Rules regarding the measures to be adopted on the outbreak of cholera or appearance of small-pox
Disease focus: Cholera
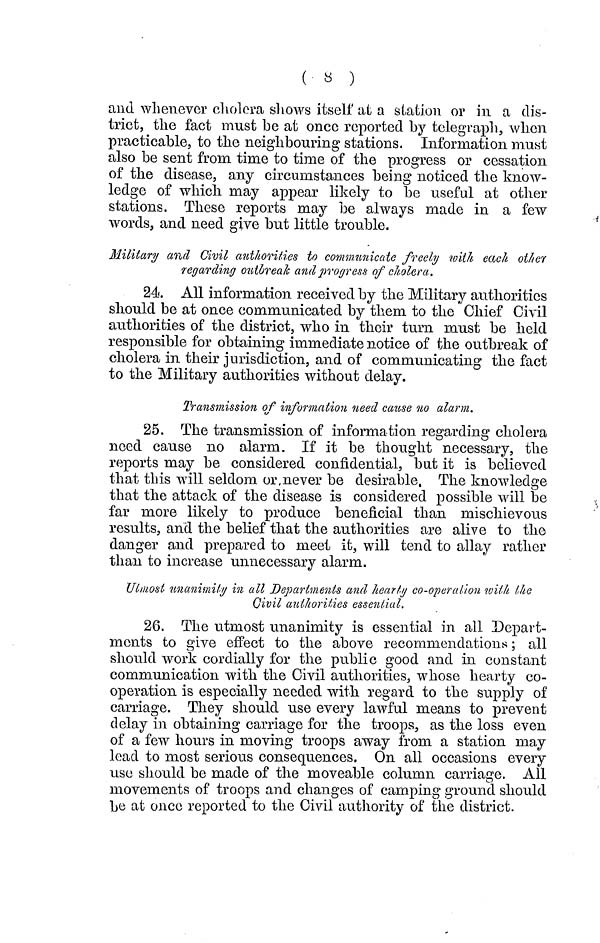
( 8 )
and whenever cholera shows itself at a station or in a dis-
trict, the fact must be at once reported by telegraph, when
practicable, to the neighbouring stations. Information must
also be sent from time to time of the progress or cessation
of the disease, any circumstances being noticed the know-
ledge of which may appear likely to be useful at other
stations. These reports may be always made in a few
words, and need give but little trouble.
Military and Civil authorities to communicate freely with each other
regarding outbreak and progress of cholera.
24. All information received by the Military authorities
should be at once communicated by them to the Chief Civil
authorities of the district, who in their turn must be held
responsible for obtaining immediate notice of the outbreak of
cholera in their jurisdiction, and of communicating the fact
to the Military authorities without delay.
Transmission of information need cause no alarm.
25. The transmission of information regarding cholera
need cause no alarm. If it be thought necessary, the
reports may be considered confidential, but it is believed
that this will seldom or never be desirable. The knowledge
that the attack of the disease is considered possible will be
far more likely to produce beneficial than mischievous
results, and the belief that the authorities are alive to the
danger and prepared to meet it, will tend to allay rather
than to increase unnecessary alarm.
Ulmost unanimity in all Departments and hearty co-operation with the
civil authorities essential.
26. The utmost unanimity is essential in all Depart-
ments to give effect to the above recommendations ; all
should work cordially for the public good and in constant
communication with the Civil authorities, whose hearty co-
operation is especially needed with regard to the supply of
carriage. They should use every lawful means to prevent
delay in obtaining carriage for the troops, as the loss even
of a few hours in moving troops away from a station may
lead to most serious consequences. On all occasions every
use should be made of the moveable column carriage. All
movements of troops and changes of camping ground should
be at once reported to the Civil authority of the district.